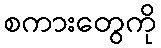
စကားတွေကို